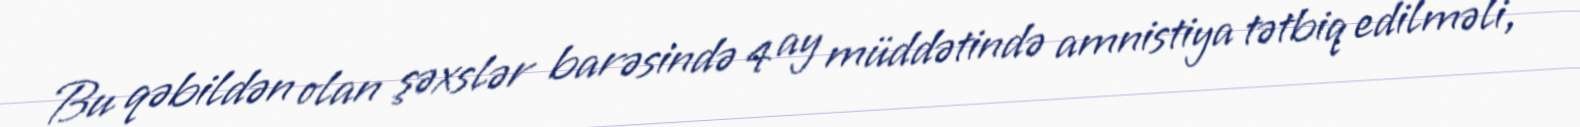
Bu qəbildən olan şəxslər barəsində 4 ay müddətində amnistiya tətbiq edilməli,